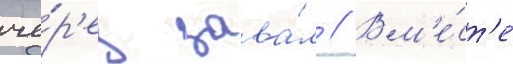
че́р'ез зава́л // Вм'е́ст'е